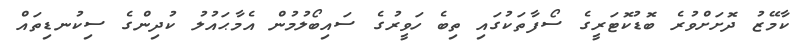
ކާމޭޒު ދޮށަށްވުރެ ބޮޑުކޮޓަރީގެ ސޯފާތަކުގައި ތިބެ ހަވީރުގެ ސައިބޯލުމުން އެމާޙައުލު ކުދިންގެ ސިކުނޑިތައް